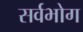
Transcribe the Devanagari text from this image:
सर्वभोग